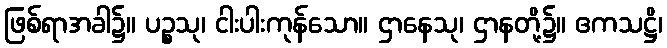
ဖြစ်ရာအခါ၌။ ပဉ္စသု၊ ငါးပါးကုန်သော။ ဌာနေသု၊ ဌာနတို့၌။ ဧကသဋ္ဌိ၊